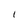
Character: 1